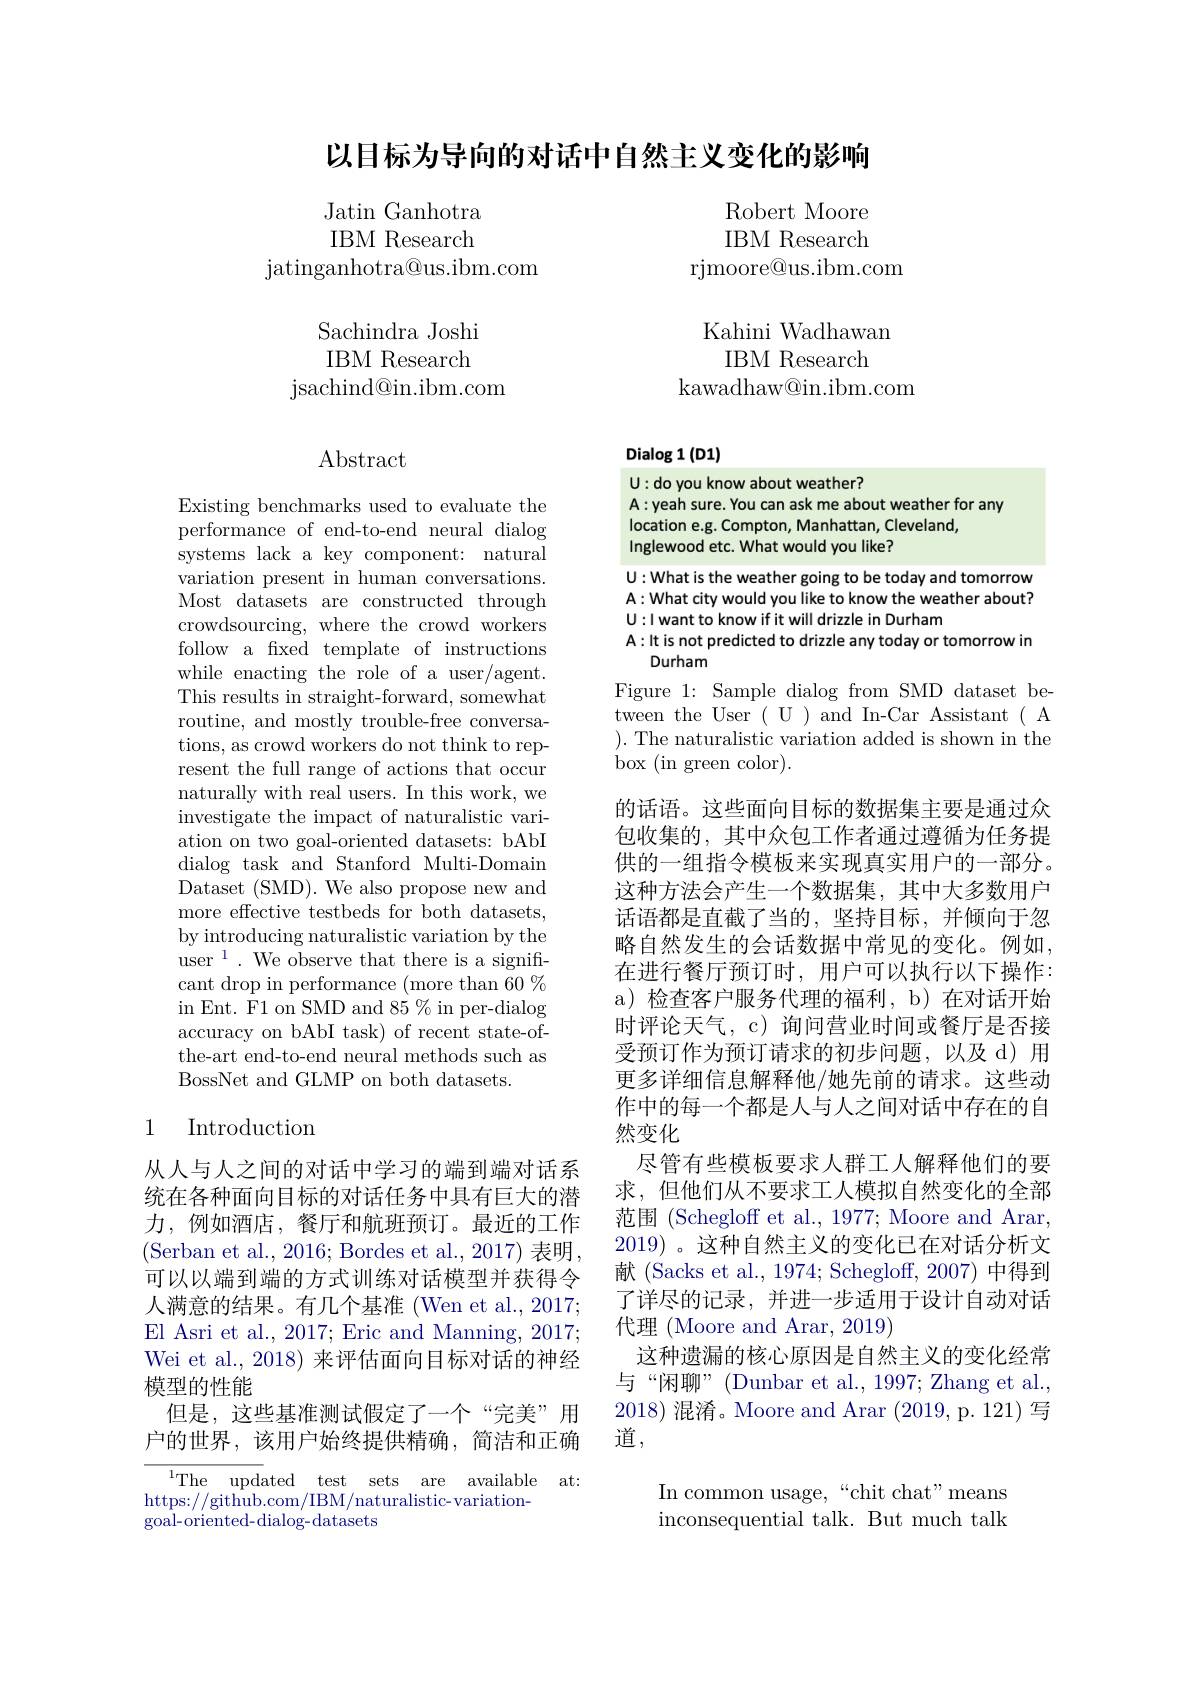
以目标为导向的对话中自然主义变化的影响

Robert Moore IBM Research
rjmoore@us.ibm.com

Jatin Ganhotra IBM Research
jatinganhotra@ us. ibm. com

Kahini Wadhawan
IBM Research
kawadhaw@in.ibm.com

Sachindra Joshi IBM Research
jsachind@ in. ibm. com

Dialog 1 (D1)

$\operatorname{Abstract}$

U: do you know about weather?
A:yeah sure. You can ask me about weather for any
location e.g. Compton, Manhattan, Cleveland,
Inglewood etc. What would you like?

U: What is the weather going to be today and tomorrow A: What city would you like to know the weather about? U:I want to know if it will drizzle in Durham
A: It is not predicted to drizzle any today or tomorrow in
Durham
Figure 1: Sample dialog from SMD dataset between the User ( U ) and In-Car Assistant ( A $).{\text{The naturalistic variation added is shown in the}}$ box (in green color).

Existing benchmarks used to evaluate the performance of end-to-end neural dialog systems lack a key component: natural variation present in human conversations Most datasets are constructed through crowdsourcing, where the crowd workers follow a fixed template of instructions while enacting the role of a user/agent. This results in straight-forward, somewhat routine, and mostly trouble-free conversations, as crowd workers do not think to represent the full range of actions that occur naturally with real users. In this work, we investigate the impact of naturalistic variation on two goal-oriented datasets: bAbI dialog task and Stanford Multi-Domain Dataset (SMD). We also propose new and more effective testbeds for both datasets, by introducing naturalistic variation by the user$^1.$ We observe that there is a significant drop in performance (more than 60 % in Ent. F1 on SMD and 85 % in per-dialog accuracy on bAbI task) of recent state-ofthe-art end-to-end neural methods such as BossNet and GLMP on both datasets.

## 1 Introduction

的话语。这些面向目标的数据集主要是通过众包收集的，其中众包工作者通过遵循为任务提供的一组指令模板来实现真实用户的一部分。这种方法会产生一个数据集，其中大多数用户话语都是直截了当的，坚持目标，并倾向于忽略自然发生的会话数据中常见的变化。例如， 在进行餐厅预订时，用户可以执行以下操作： a) 检查客户服务代理的福利，b) 在对话开始时评论天气，c) 询问营业时间或餐厅是否接受预订作为预订请求的初步问题，以及 d)用更多详细信息解释他/她先前的请求。这些动作中的每一个都是人与人之间对话中存在的自然变化
尽管有些模板要求人群工人解释他们的要求，但他们从不要求工人模拟自然变化的全部范围 (Schegloff et al., 1977; Moore and Arar, 2019) 。这种自然主义的变化已在对话分析文献 (Sacks et al., 1974; Schegloff, 2007) 中得到了详尽的记录，并进一步适用于设计自动对话代理 (Moore and Arar, 2019)
这种遗漏的核心原因是自然主义的变化经常与“闲聊”(Dunbar et al., 1997; Zhang et al. 2018) 混淆。Moore and Arar (2019,p.121) 写道，

从人与人之间的对话中学习的端到端对话系统在各种面向目标的对话任务中具有巨大的潜力，例如酒店，餐厅和航班预订。最近的工作(Serban et al., 2016; Bordes et al., 2017) 表明可以以端到端的方式训练对话模型并获得令人满意的结果。有几个基准 (Wen et al., 2017; El Asri et al., 2017; Eric and Manning, 2017; Wei et al., 2018) 来评估面向目标对话的神经模型的性能
但是，这些基准测试假定了一个“完美”用户的世界，该用户始终提供精确，简洁和正确

$^{1}$The updated test sets are available at
https://github.com/IBM/naturalistic-variation-
goal-oriented-dialog-datasets

In common usage,“chit chat"means inconsequential talk. But much talk